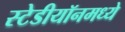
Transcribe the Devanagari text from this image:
स्टेडीयॉनमध्ये